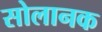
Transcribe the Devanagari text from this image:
सोलानक